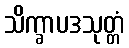
သိက္ခာပဒသုတ္တံ